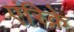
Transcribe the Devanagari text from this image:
एंरिक़े